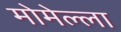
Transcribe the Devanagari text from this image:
मोमेल्ला